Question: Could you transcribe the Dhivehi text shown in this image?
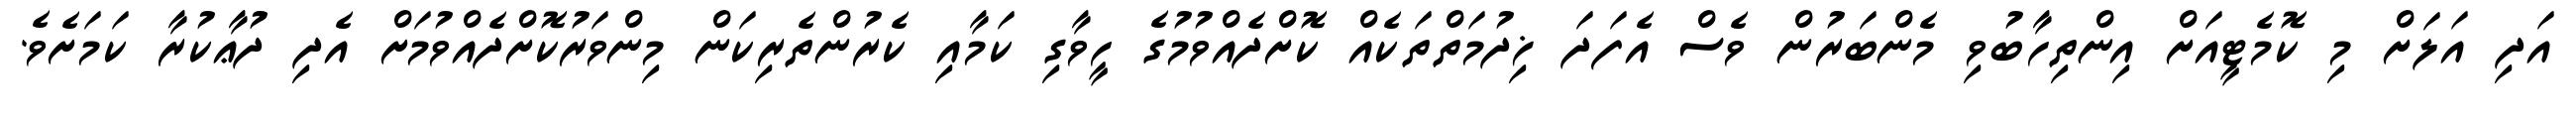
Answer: އަދި އަލަށް މި ކޮމެޓީއަށް އިންތިހާބުވި މެންބަރުން ވެސް އެފަދަ ޚިދުމަތްތަކެއް ކޮށްދެއްވުމުގެ ހީވާގި ކަމާއި ކެރުންތެރިކަން މިންވަރުކޮށްދެއްވުމަށް އެދި ދުޢާކުރާ ކަމަށެވެ.